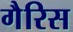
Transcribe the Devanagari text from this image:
गैरिस